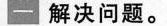
一 解决问题。